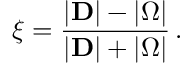
\xi = \frac { \lvert \mathbf { D } \rvert - \lvert \boldsymbol { \Omega } \rvert } { \lvert \mathbf { D } \rvert + \lvert \boldsymbol { \Omega } \rvert } \, .